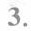
3.